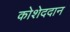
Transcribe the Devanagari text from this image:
कोशेददान